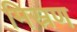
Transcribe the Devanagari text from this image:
मिस्रण